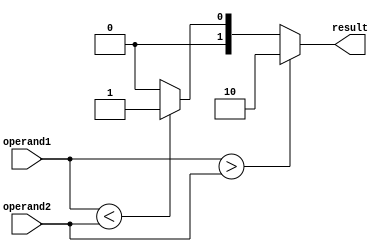
module magnitude_comparator (
    input signed [7:0] operand1,
    input signed [7:0] operand2,
    output reg [1:0] result
);

always @(*) begin
    if (operand1 > operand2) begin
        result = 2'b10; //operand1 is greater than operand2
    end else if (operand1 < operand2) begin
        result = 2'b01; //operand1 is less than operand2
    end else begin
        result = 2'b00; //operands are equal
    end
end

endmodule